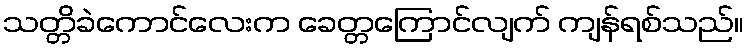
သတ္တိခဲကောင်လေးက ခေတ္တကြောင်လျက် ကျန်ရစ်သည်။